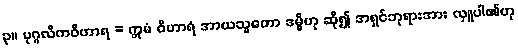
၃။ ပုဂ္ဂလိကဝိဟာရ = ဣမံ ဝိဟာရံ အာယသ္မတော ဒမ္မိဟု ဆို၍ အရှင်ဘုရားအား လှူပါ၏ဟု